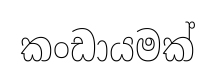
කංඩායමක්